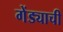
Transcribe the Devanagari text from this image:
गेंड्याची